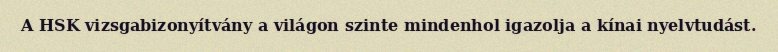
A HSK vizsgabizonyítvány a világon szinte mindenhol igazolja a kínai nyelvtudást.